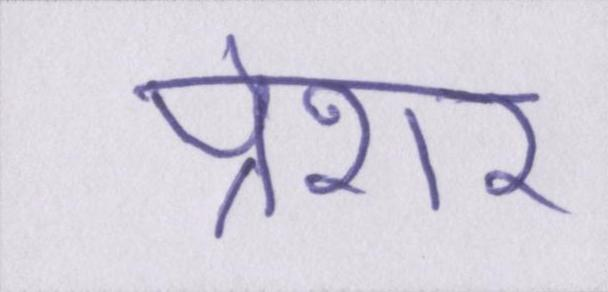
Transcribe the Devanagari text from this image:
प्रेशर